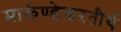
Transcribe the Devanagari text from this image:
मार्कण्डेश्वरतीर्थ